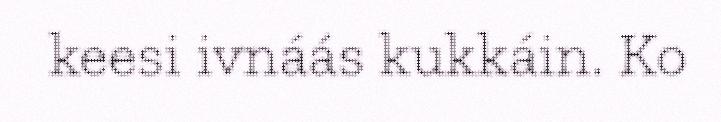
keesi ivnáás kukkáin. Ko